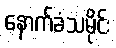
နောက်ခံသမိုင်း